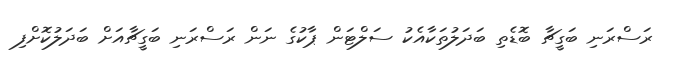
ރަސްރަނި ބަގީޗާ ބޮޑެތި ބަދަލުތަކާއެކު ސަލްޓަން ޕާކުގެ ނަން ރަސްރަނި ބަގީޗާއަށް ބަދަލުކޮށްފި